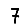
Digit: 7